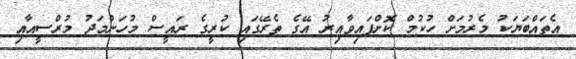
އެތައްބަޔަކު މެރުމަށް ހުކުމް ކޮށްފައިވާއިރު އޭގެ ތެރޭގައި ކުރީގެ ރައީސް މުހަންމަދު މުރްސީއާއި